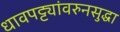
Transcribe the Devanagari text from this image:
धावपट्ट्यांवरुनसुद्धा